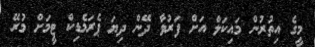
މީގެ އިތުރުން މައިކަލް އަށް ފަރުވާ ދޭން ދިޔަ ޕެރަމެޑިކް ޓީމަށް މުރޭ